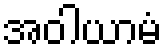
အဝါယာမံ